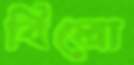
বিলো